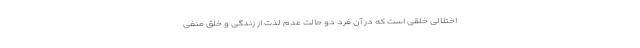
اختلالی خلقی است که در آن فرد دو حالت عدم لذت از زندگی و خلق منفی